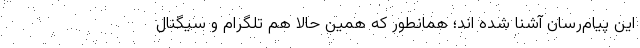
این پیام‌رسان آشنا شده اند؛ همانطور که همین حالا هم تلگرام و سیگنال